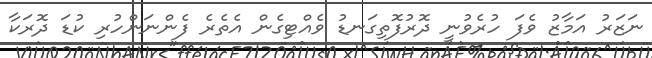
ނަޒަރު އަމާޒު ވެފަ ހުރެވުނީ ދޮރުފޮތިގަނޑު ވެއްޓިގެން އެތެރެ ފެންނަންހުރި ކުޑަ ދޮރަކާ